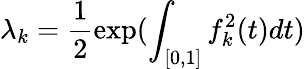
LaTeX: \lambda_{k}=\frac{1}{2}\exp(\int_{[0,1]}f_{k}^{2}(t)dt)